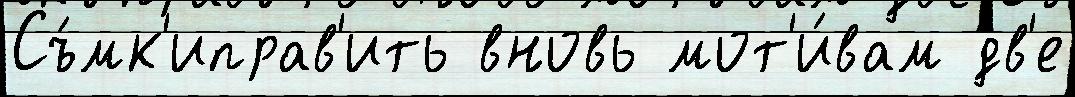
Съ́мк'иправ'ить вновь мот'и́вам дв'е